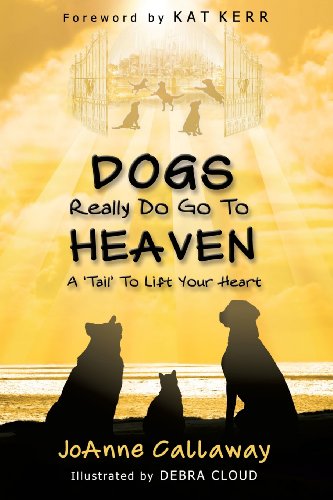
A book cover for Dogs Really Do Go to Heaven; Joanne Callaway; Crafts, Hobbies & Home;